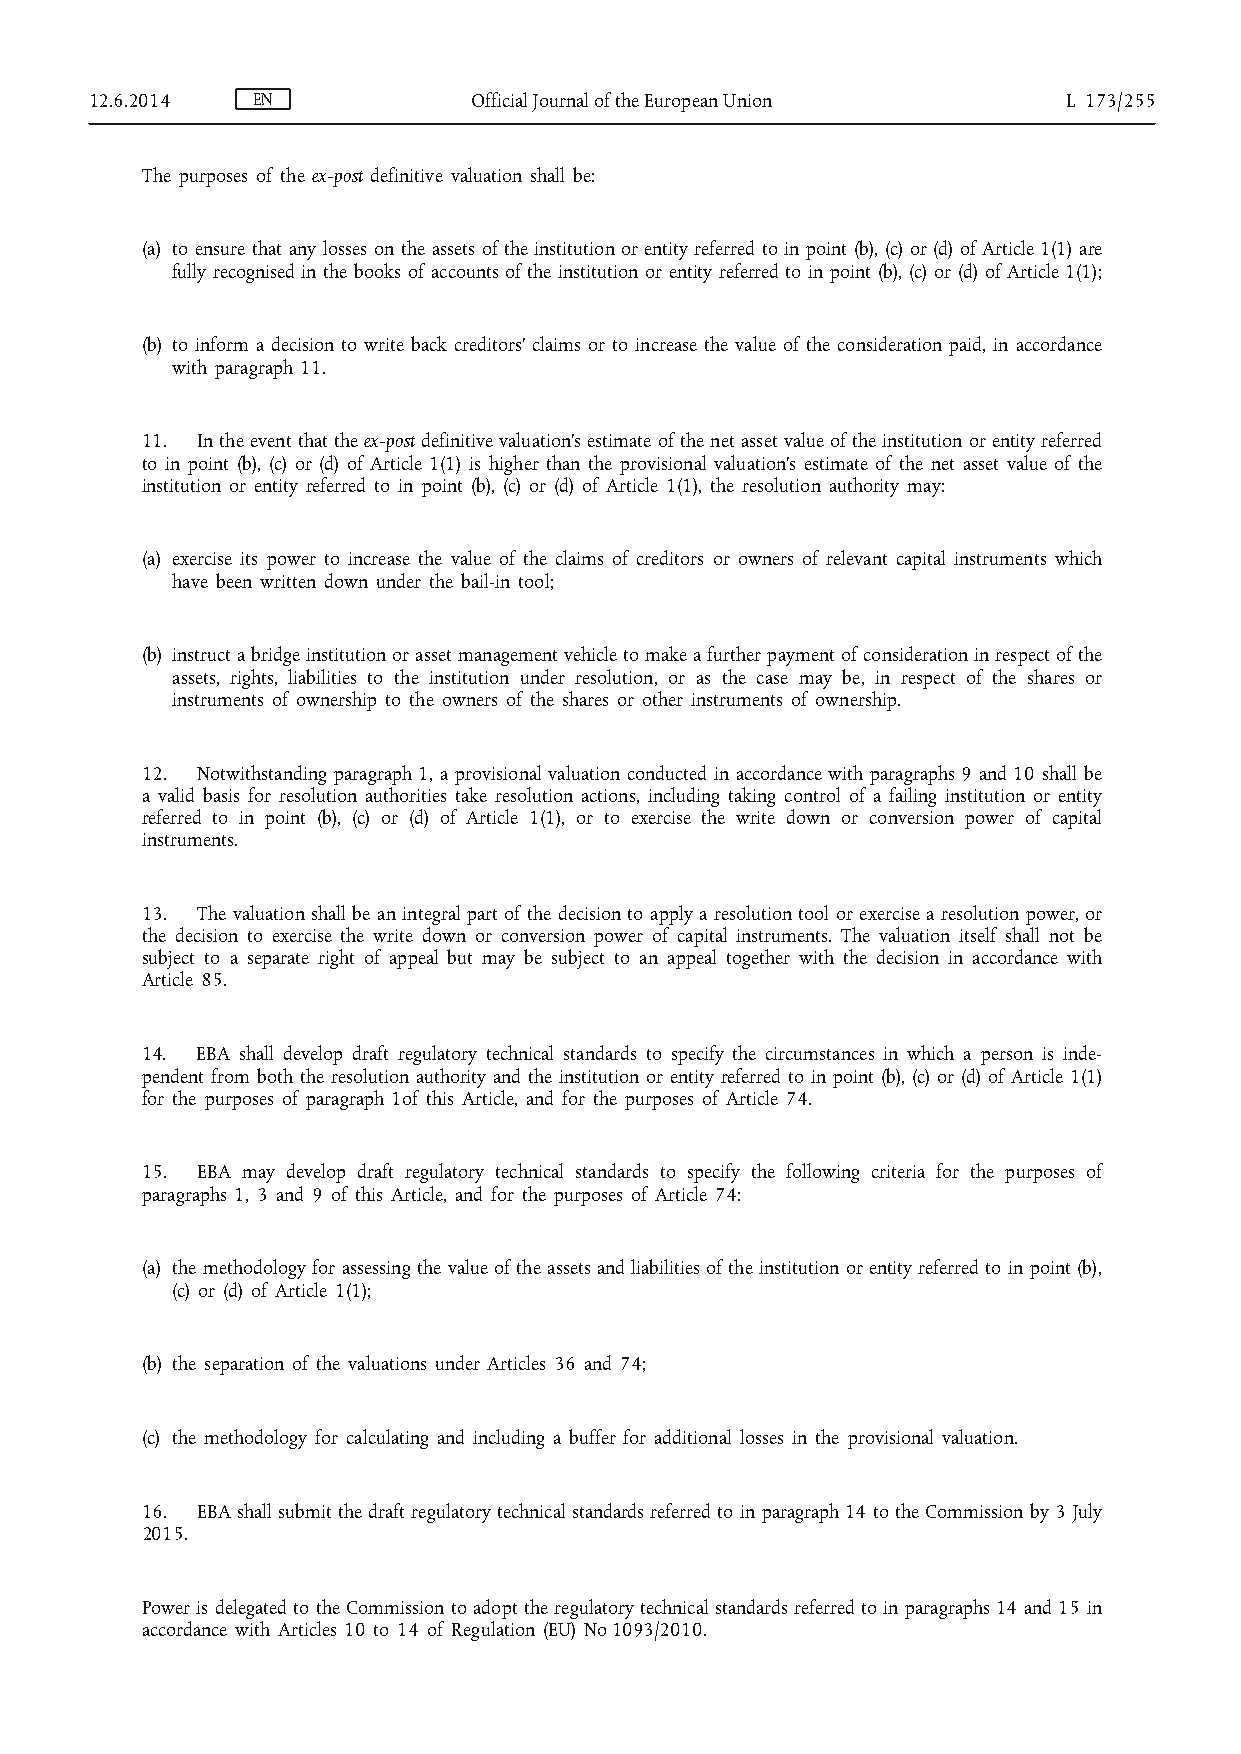
12.6.2014  EN            Official Journal of the European Union  L 173/255
 The purposes of the ex-post definitive valuation shall be:
 (a) to ensure that any losses on the assets of the institution or entity referred to in point (b), (c) or (d) of Article 1(1) are
 fully recognised in the books of accounts of the institution or entity referred to in point (b), (c) or (d) of Article 1(1);
 (b) to inform a decision to write back creditors’ claims or to increase the value of the consideration paid, in accordance
 with paragraph 11.
 11. In the event that the ex-post definitive valuation’s estimate of the net asset value of the institution or entity referred
 to in point (b), (c) or (d) of Article 1(1) is higher than the provisional valuation’s estimate of the net asset value of the
 institution or entity referred to in point (b), (c) or (d) of Article 1(1), the resolution authority may:
 (a) exercise its power to increase the value of the claims of creditors or owners of relevant capital instruments which
 have been written down under the bail-in tool;
 (b) instruct a bridge institution or asset management vehicle to make a further payment of consideration in respect of the
 assets, rights, liabilities to the institution under resolution, or as the case may be, in respect of the shares or
 instruments of ownership to the owners of the shares or other instruments of ownership.
 12. Notwithstanding paragraph 1, a provisional valuation conducted in accordance with paragraphs 9 and 10 shall be
 a valid basis for resolution authorities take resolution actions, including taking control of a failing institution or entity
 referred to in point (b), (c) or (d) of Article 1(1), or to exercise the write down or conversion power of capital
 instruments.
 13. The valuation shall be an integral part of the decision to apply a resolution tool or exercise a resolution power, or
 the decision to exercise the write down or conversion power of capital instruments. The valuation itself shall not be
 subject to a separate right of appeal but may be subject to an appeal together with the decision in accordance with
 Article 85.
 14. EBA shall develop draft regulatory technical standards to specify the circumstances in which a person is inde­
 pendent from both the resolution authority and the institution or entity referred to in point (b), (c) or (d) of Article 1(1)
 for the purposes of paragraph 1of this Article, and for the purposes of Article 74.
 15. EBA may develop draft regulatory technical standards to specify the following criteria for the purposes of
 paragraphs 1, 3 and 9 of this Article, and for the purposes of Article 74:
 (a) the methodology for assessing the value of the assets and liabilities of the institution or entity referred to in point (b),
 (c) or (d) of Article 1(1);
 (b) the separation of the valuations under Articles 36 and 74;
 (c) the methodology for calculating and including a buffer for additional losses in the provisional valuation.
 16. EBA shall submit the draft regulatory technical standards referred to in paragraph 14 to the Commission by 3 July
 2015.
 Power is delegated to the Commission to adopt the regulatory technical standards referred to in paragraphs 14 and 15 in
 accordance with Articles 10 to 14 of Regulation (EU) No 1093/2010.